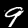
Digit: 9